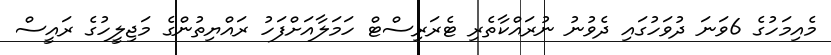
މެއިމަހުގެ 6ވަނަ ދުވަހުގައި ދެވުނު ނުރައްކާތެރި ޓެރަރިސްޓް ހަމަލާއަށްފަހު ރަައްޔިތުންގެ މަޖިލީހުގެ ރައީސް